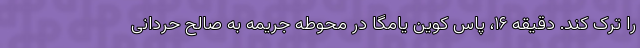
را ترک کند. دقیقه ۱۶، پاس کوین یامگا در محوطه جریمه به صالح حردانی